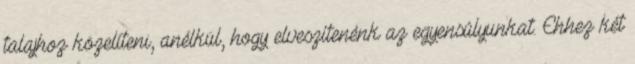
talajhoz közelíteni, anélkül, hogy elveszítenénk az egyensúlyunkat. Ehhez két